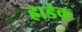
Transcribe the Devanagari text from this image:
ह्राडेक